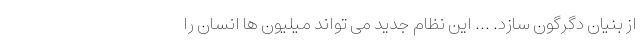
از بنیان دگرگون سازد. ... این نظام جدید می تواند میلیون ها انسان را